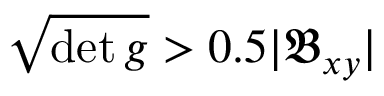
\sqrt { \operatorname* { d e t } g } > 0 . 5 | \mathfrak { B } _ { x y } |